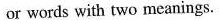
or words with two meanings.